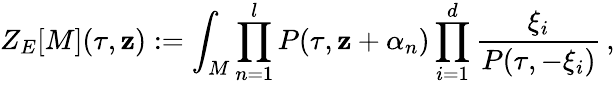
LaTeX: Z_{E}[M](\tau,\mathbf{z}):=\int_{M}\prod_{n=1}^{l}P(\tau,\mathbf{z}+\alpha_{n})\prod_{i=1}^{d}\frac{{\xi_{i}}}{{P(\tau,-\xi_{i})}}\, ,